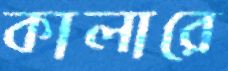
কালারে